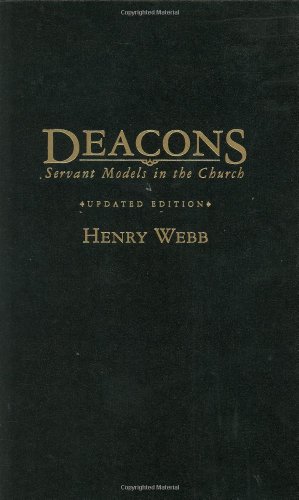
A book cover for Deacons: Servant Models in the Church; Henry Webb; Christian Books & Bibles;